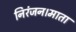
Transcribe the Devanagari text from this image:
निरंजन।माता